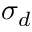
\sigma _ { d }